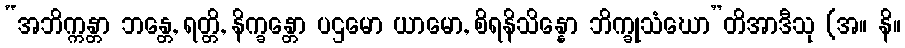
“အဘိက္ကန္တာ ဘန္တေ, ရတ္တိ, နိက္ခန္တော ပဌမော ယာမော, စိရနိသိန္နော ဘိက္ခုသံဃော”တိအာဒီသု (အ။ နိ။